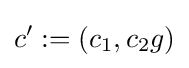
c':=(c_{1},c_{2}g)